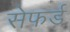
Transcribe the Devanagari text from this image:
सेफर्ड